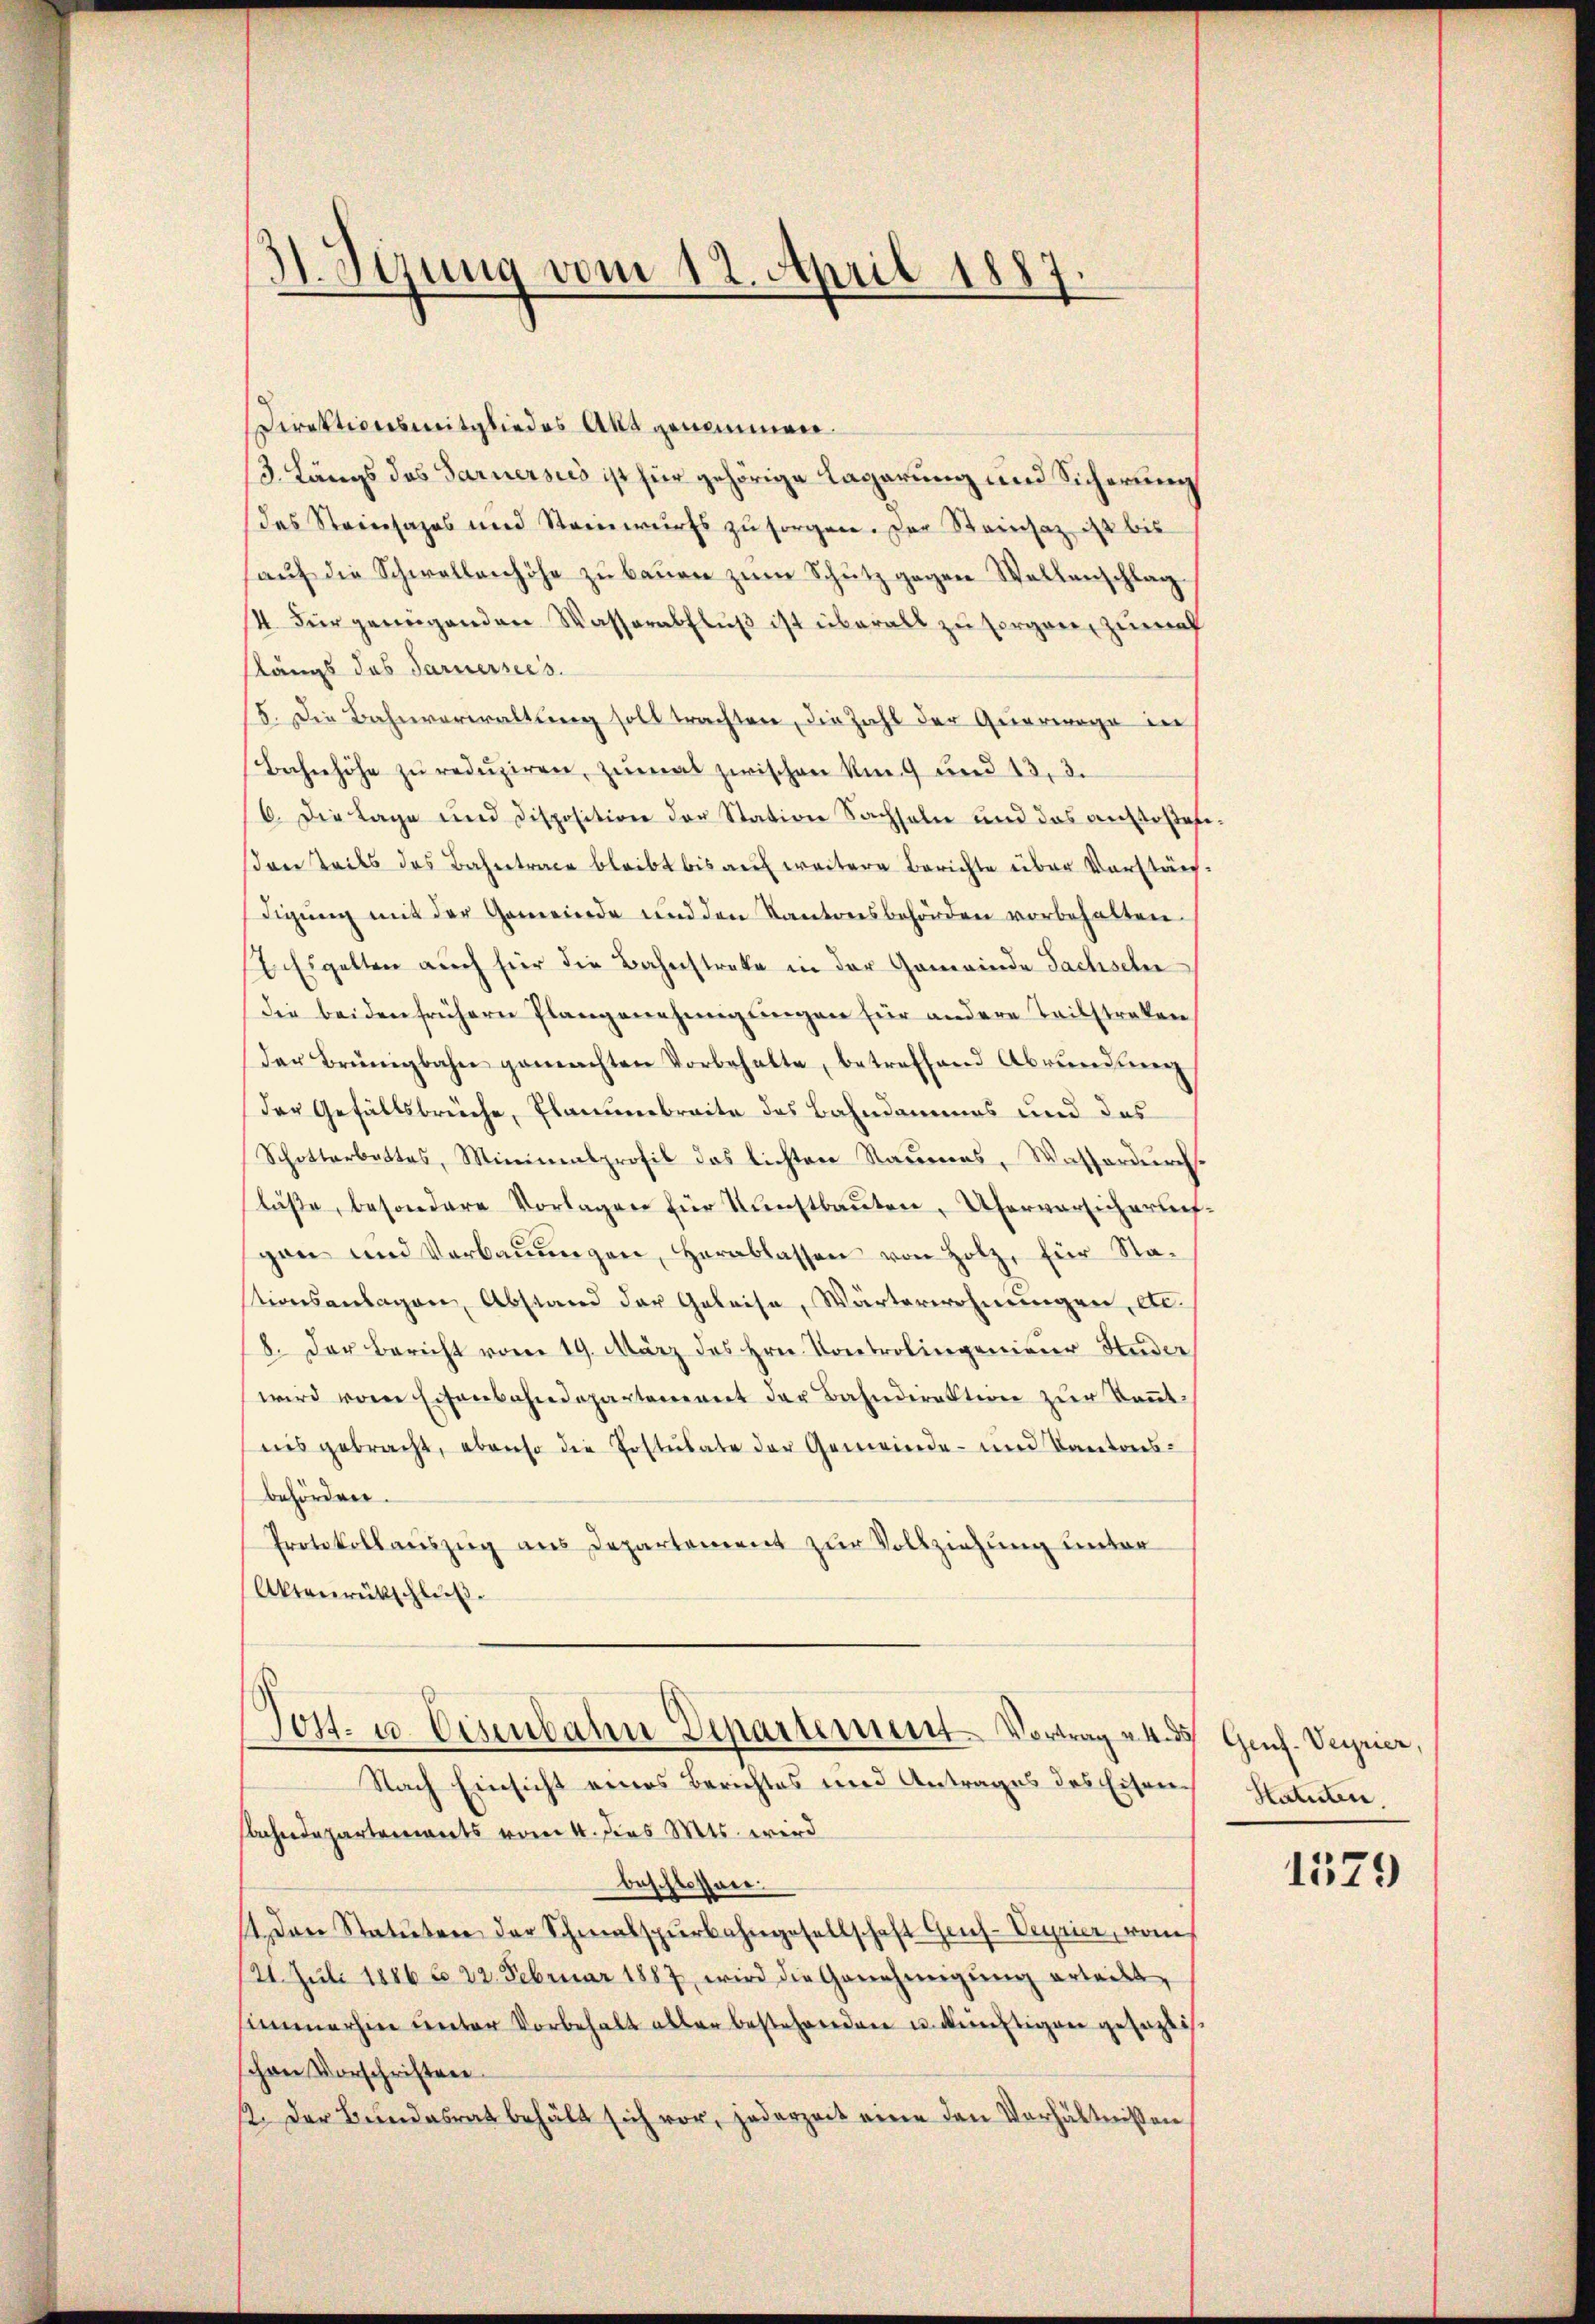
H. Syung vom 12. April 1887
I

Direktionsmitgliedes Akt genommen.
/3. Längs des Sarnersees ist für gehörige Lagerung und Sicherung
das Steinsages und Steinwurfs zŭ sorgen. Der Steinsatz ist bis
auf die Schwellenhöhe zu bauen zum Schutz gegen Stellenschlag
4 Für genügenden Wasserabfluß ist überall zu sorgen, zumah
slängs des Saruerreis.
5. Die Bahnverwaltŭng soll trachten, die Zahl der Querwege in
Bahnhöhe zŭ redŭziren, zŭmal zwischen Um 9 und 13, 3.
C. Die Lage und disposition der Station Sachseln und das anstoßefison teils des Bahntrage bleibt bis aŭf weitere Berichte über Vorstän-
digŭng mit der Gemeinde und den Kantonsbehörden vorbehalten.
I. Es gelten auch für die Bahnstreke in der Gemeinde Sachsehe
Die beiden frühern Plangenehmigungen für andere Teilstreken
Der Brünigbahn gemachten Vorbehalte, betreffend Abründung
Der Gefällsbrüche, Planumbreite des Bahndammes und das
Schotterbettes, Minimalprofil das lichten Raumes, Wasserdurch
läße, besondere Vorlagen für Kunstbauten Uferversicherunfgon und Verbaŭŭngen, herablassen von Holz, für Sta-
stionsanlagen Abstand der Geleise, Wärterwohnungen, etc.
8. Der Bericht vom 19. März des Hrn. Controlingenieur Studer
wird vom Eisenbahndepartement der Bahndirektion zur Kennt
nis gebracht, ebenso die Postulate der Gemeinde- und Kantons-
behörden.
Protokollauszug aus Departement zur Vollziehung unter
Aktenrückschluß.

Nach Einsicht eines Berichtes und Antrages des Eisen
Sachendepartements vom 4. des Mts. wird
beschlossen.
 Den Statuten der Schmalspurbahngesellschaft Grus-Uryrier, vom
121. Jŭli 1886 d. 22. Februar 1887 wird die Genehmigŭng erteilt
simmerhin unter Vorbehalt aller bestehenden u. künftigen gesagli
schon Vorschriften
22. Der Bŭndesrat behält sich vor, jederzeit eine den Verhältnissen

Tott. u. Eisenbahn Departement Vortrag 4. ds

Genf. Verrier,
Statuten

1579